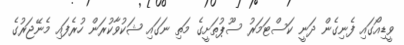
ވީޑިއޯގައި ފެނިގެން ދަނީ ކަސްޓަމަރު ސޫޕުތަށީގެ މަތި ނަގައި ޝަކުވާކުރަން ހުރެފައި މެނޭޖަރުގެ